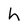
Character: h